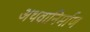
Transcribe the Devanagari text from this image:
अथवानिर्माण